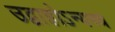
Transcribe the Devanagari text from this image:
उद्वाहोऽन्यच्च